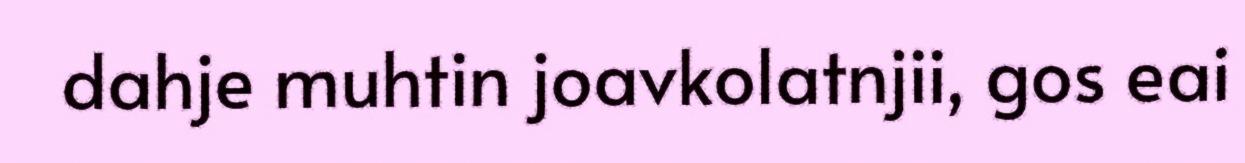
dahje muhtin joavkolatnjii, gos eai